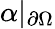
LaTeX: \alpha|_{\partial\Omega}